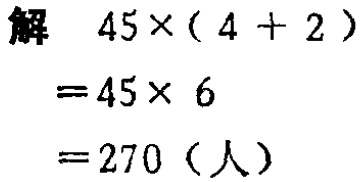
解

\[

\begin{align*}

45\times(4 + 2)&=45\times 6\\

&=270（人）

\end{align*}

\]